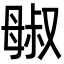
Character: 𬆷